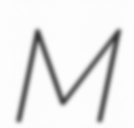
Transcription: M